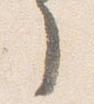
了